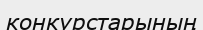
конкурстарының